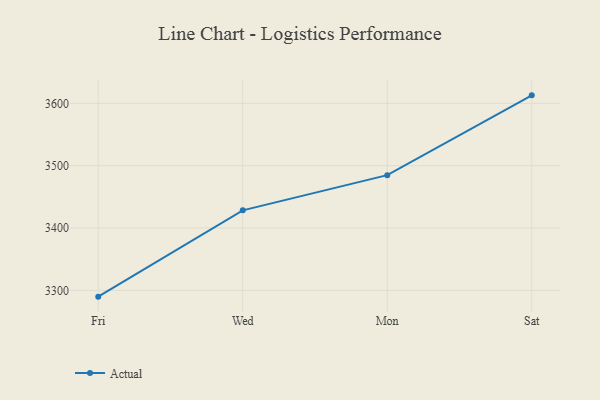
{"axis": {"x": "Day", "y": "Shipments"}, "legend": ["Actual"], "data": [{"x": "Fri", "y": 3289.9, "type": "Actual"}, {"x": "Wed", "y": 3428.4, "type": "Actual"}, {"x": "Mon", "y": 3484.8, "type": "Actual"}, {"x": "Sat", "y": 3612.9, "type": "Actual"}]}